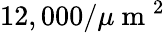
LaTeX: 12,000/\mu\mathrm{~m~}^{2}